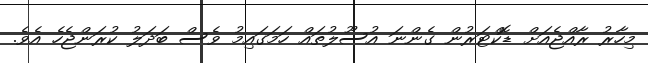
މިހާރު ރާއްޖެއަށް ޑޮކްޓަރުން ގެންނަ އުސޫލުތައް ހަމަގައިމު ވެސް ބަދަލު ކުރަންޖެހެ އެވެ.